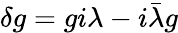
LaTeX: \delta g=gi\lambda-i\bar{\lambda}g